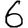
Digit: 6